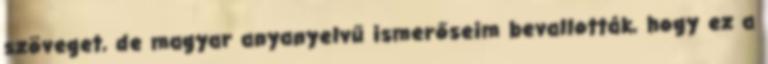
szöveget, de magyar anyanyelvű ismerőseim bevallották, hogy ez a